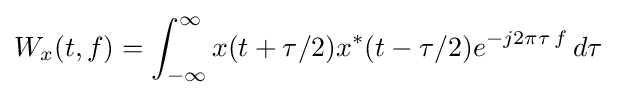
W_{x}(t,f)=\int _{-\infty }^{\infty }x(t+\tau /2)x^{*}(t-\tau /2)e^{-j2\pi \tau \,f}\,d\tau